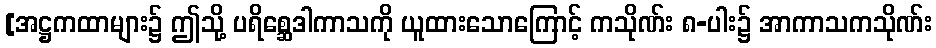
[အဋ္ဌကထာများ၌ ဤသို့ ပရိစ္ဆေဒါကာသကို ယူထားသောကြောင့် ကသိုဏ်း ၈-ပါး၌ အာကာသကသိုဏ်း